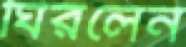
ঘিরলেন